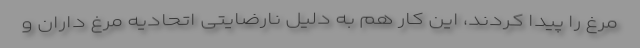
مرغ را پیدا کردند، این کار هم به دلیل نارضایتی اتحادیه مرغ داران و